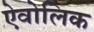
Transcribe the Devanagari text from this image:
ऐवोलिक